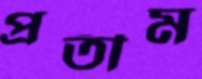
প্রতীম